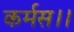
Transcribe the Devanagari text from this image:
कर्मस।।